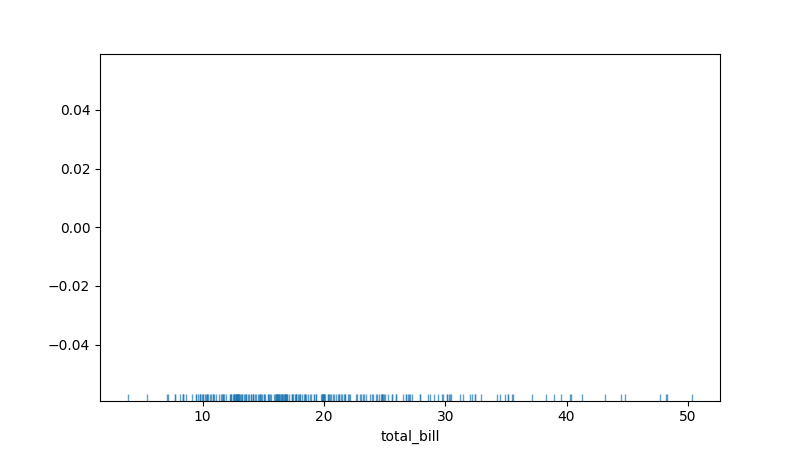
python, seaborn, rugplot, height=0.02, axis='x', alpha=0.7